Elephants and their diseases
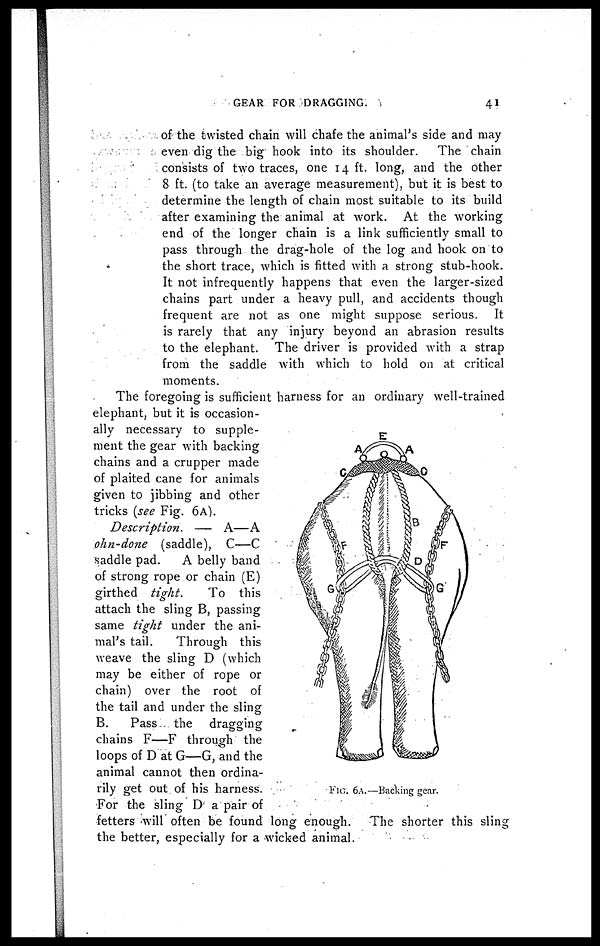
GEAR FOR DRAGGING.
41
of the twisted chain will chafe the animal's side and may
even dig the big hook into its shoulder.
The chain
consists of two traces, one 14 ft. long, and the other
8 ft. (to take an average measurement), but it is best to
determine the length of chain most suitable to its build
after examining the animal at work. At the working
end of the longer chain is a link sufficiently small to
pass through the drag-hole of the log and hook on to
the short trace, which is fitted with a strong stub-hook.
It not infrequently happens that even the larger-sized
chains part under a heavy pull, and accidents though
frequent are not as one might suppose serious. It
is rarely that any injury beyond an abrasion results
to the elephant. The driver is provided with a strap
from the saddle with which to hold on at critical
moments.
The foregoing is sufficient harness for an ordinary well-trained
elephant, but it is occasion-
ally necessary to supple-
ment the gear with backing
chains and a crupper made
of plaited cane for animals
given to jibbing and other
tricks (see Fig. 6A).
Description.
— A—A
ohn-done (saddle), C—C
saddle pad.
A belly band
of strong rope or chain (E)
girthed tight.
To this
attach the sling B, passing
same tight under the ani-
mal's tail.
Through this
weave the sling D (which
may be either of rope or
chain) over the root of
the tail and under the sling
B.
Pass the dragging
chains F—F through the
loops of D at G—G, and the
animal cannot then ordina-
rily get out of his harness.
For the sling D a pair of
fetters will often be found long enough. The shorter this sling
the better, especially for a wicked animal.
FIG. 6A.—Backing gear.